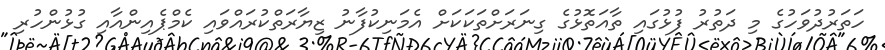
ހަތަރުދުވަހުގެ މި ދަތުރު ފުޅުގައި ތާއަތޮޅުގެ ގިނަރަށްތަކަކަށް އެމަނިކުފާނު ޒިޔާރަތްކުރައްވައި ކެމްޕެއިންއާއި ގުޅުންހުރި